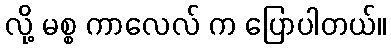
လို့ မစ္စ ကာလေလ် က ပြောပါတယ်။